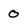
Character: 0